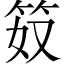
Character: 笯